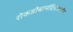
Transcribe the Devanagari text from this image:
रोकडोबामंदिरासमोर